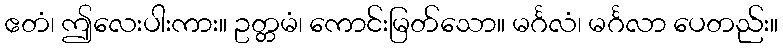
ဧတံ၊ ဤလေးပါးကား။ ဥတ္တမံ၊ ကောင်းမြတ်သော။ မင်္ဂလံ၊ မင်္ဂလာ ပေတည်း။